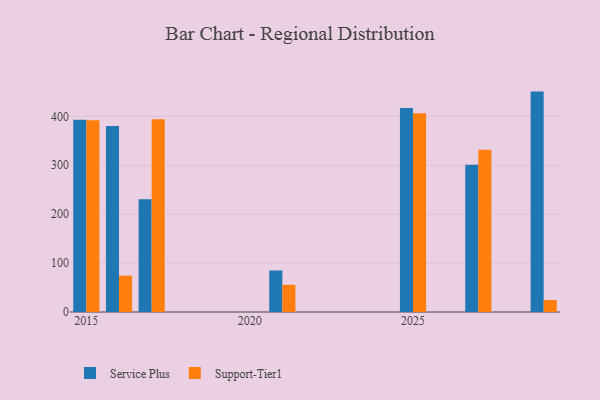
{"axis": {"x": "Year", "y": "Gross Profit (USD K)"}, "legend": ["Service Plus", "Support-Tier1"], "data": [{"x": "2029", "y": 450.7, "type": "Service Plus"}, {"x": "2029", "y": 24.5, "type": "Support-Tier1"}, {"x": "2017", "y": 230.6, "type": "Service Plus"}, {"x": "2017", "y": 394.3, "type": "Support-Tier1"}, {"x": "2027", "y": 301.2, "type": "Service Plus"}, {"x": "2027", "y": 331.9, "type": "Support-Tier1"}, {"x": "2015", "y": 393.3, "type": "Service Plus"}, {"x": "2015", "y": 392.1, "type": "Support-Tier1"}, {"x": "2021", "y": 84.9, "type": "Service Plus"}, {"x": "2021", "y": 55.6, "type": "Support-Tier1"}, {"x": "2025", "y": 417.0, "type": "Service Plus"}, {"x": "2025", "y": 406.4, "type": "Support-Tier1"}, {"x": "2016", "y": 380.2, "type": "Service Plus"}, {"x": "2016", "y": 74.3, "type": "Support-Tier1"}]}